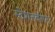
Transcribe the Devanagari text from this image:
स्टेशनवॅगन